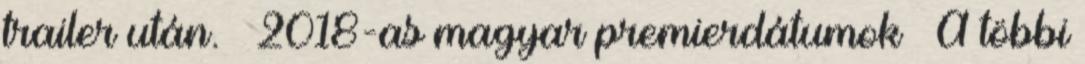
trailer után. – 2018-as magyar premierdátumok – A többi